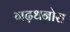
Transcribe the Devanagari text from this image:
गढ़धनोरा